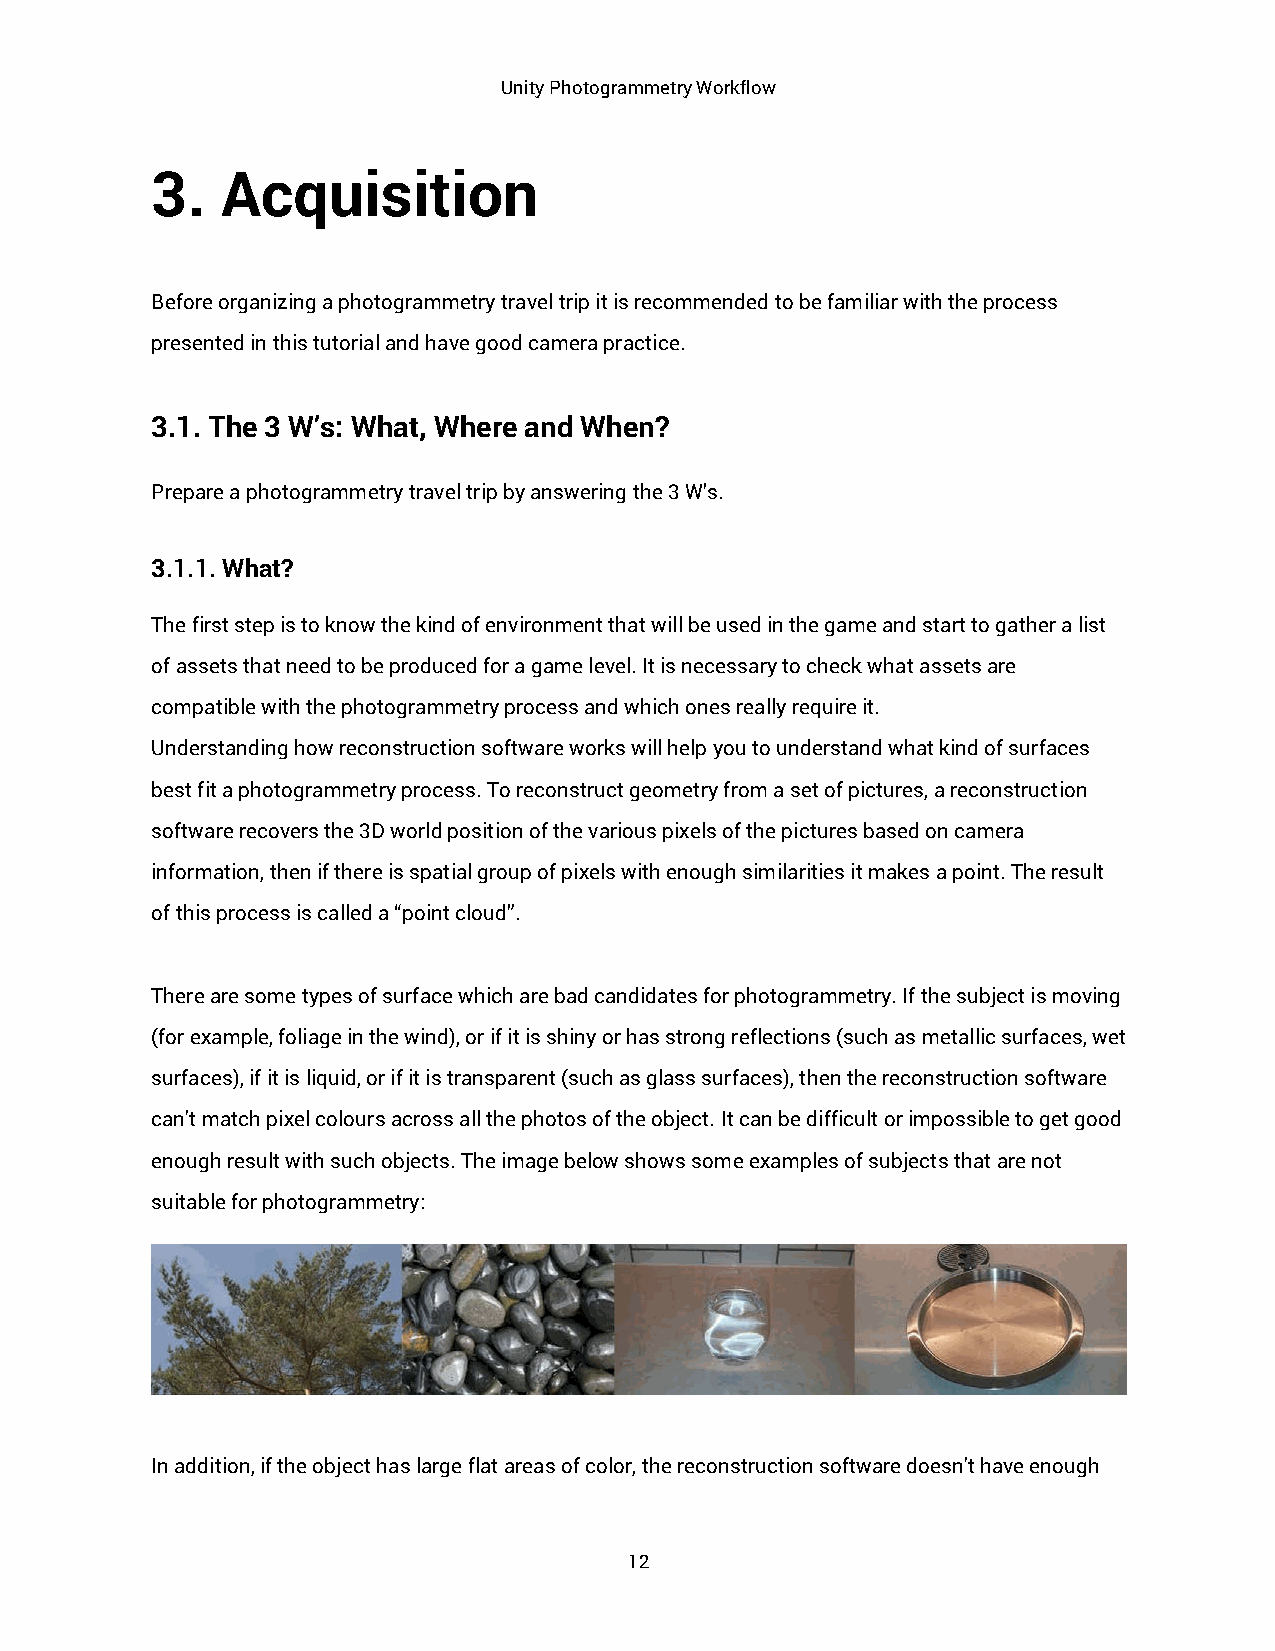
Unity Photogrammetry Workflow
 3.   Acquisition
 Before organizing a photogrammetry travel trip it is recommended to be familiar with the process
 presented in this tutorial and have good camera practice.
 3.1. The 3 W’s: What, Where and When?
 Prepare a photogrammetry travel trip by answering the 3 W’s.
 3.1.1. What?
 The first step is to know the kind of environment that will be used in the game and start to gather a list
 of assets that need to be produced for a game level. It is necessary to check what assets are
 compatible with the photogrammetry process and which ones really require it.
 Understanding how reconstruction software works will help you to understand what kind of surfaces
 best fit a photogrammetry process. To reconstruct geometry from a set of pictures, a reconstruction
 software recovers the 3D world position of the various pixels of the pictures based on camera
 information, then if there is spatial group of pixels with enough similarities it makes a point. The result
 of this process is called a “point cloud”.
 There are some types of surface which are bad candidates for photogrammetry. If the subject is moving
 (for example, foliage in the wind), or if it is shiny or has strong reflections (such as metallic surfaces, wet
 surfaces), if it is liquid, or if it is transparent (such as glass surfaces), then the reconstruction software
 can't match pixel colours across all the photos of the object. It can be difficult or impossible to get good
 enough result with such objects. The image below shows some examples of subjects that are not
 suitable for photogrammetry:
 In addition, if the object has large flat areas of color, the reconstruction software doesn't have enough
 12